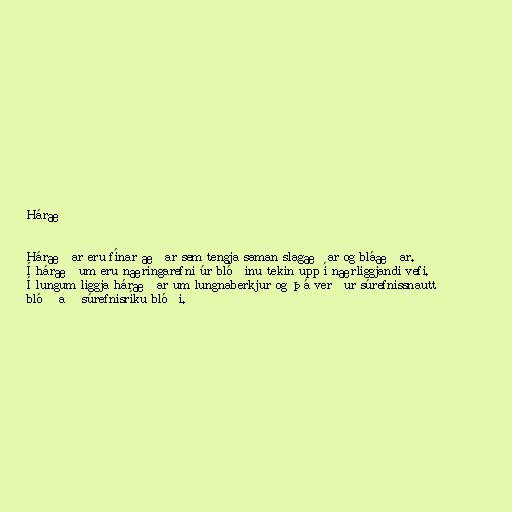
Háræð

Háræðar eru fínar æðar sem tengja saman slagæðar og bláæðar.
Í háræðum eru næringarefni úr blóðinu tekin upp í nærliggjandi vefi.
Í lungum liggja háræðar um lungnaberkjur og þá verður súrefnissnautt
blóð að súrefnisríku blóði.